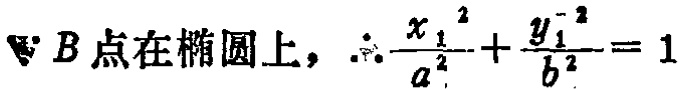
\(\because B\text{点在椭圆上，}\therefore \frac{x_{1}^{2}}{a^{2}}+\frac{y_{1}^{2}}{b^{2}} = 1\)